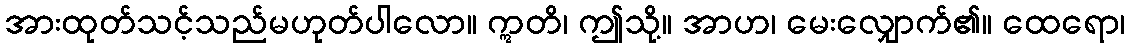
အားထုတ်သင့်သည်မဟုတ်ပါလော။ ဣတိ၊ ဤသို့။ အာဟ၊ မေးလျှောက်၏။ ထေရော၊